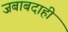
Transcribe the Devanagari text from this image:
जबाबदाही